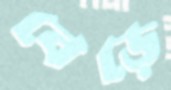
বেড়ে